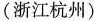
(浙江杭州)